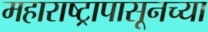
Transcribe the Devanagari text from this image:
महाराष्ट्रापासूनच्या